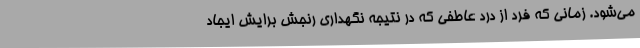
می‌شود. زمانی که فرد از درد عاطفی که در نتیجه نگهداری رنجش برایش ایجاد